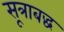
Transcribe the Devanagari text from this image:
सूत्राबद्ध